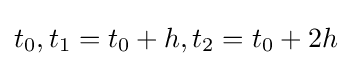
t_{0},t_{1}=t_{0}+h,t_{2}=t_{0}+2h